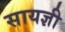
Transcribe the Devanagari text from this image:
सायज्ञी